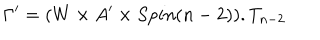
\Gamma ^ { \prime } = ( W \times A ^ { \prime } \times S p i n ( n - 2 ) ) . T _ { n - 2 }